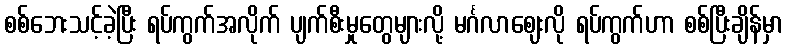
စစ်ဘေးသင့်ခဲ့ပြီး ရပ်ကွက်အလိုက် ပျက်စီးမှုတွေများလို့ မင်္ဂလာဈေးလို ရပ်ကွက်ဟာ စစ်ပြီးချိန်မှာ